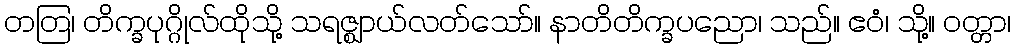
တတြ၊ တိက္ခပုဂ္ဂိုလ်ထိုသို့ သရဇ္ဈာယ်လတ်သော်။ နာတိတိက္ခပညော၊ သည်။ ဧဝံ၊ သို့။ ဝတ္တာ၊